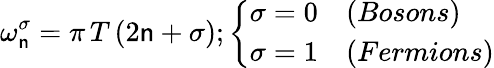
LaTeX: {\omega_{\mathsf{n}}^{\sigma}=\pi\, T\, (2\mathsf{n}+\sigma)};\left\{ \begin{array}{ll}{{{\sigma=0}}}&{{(Bosons)}}\\ {{{\sigma=1}}}&{{(Fermions)}}\end{array}\right.